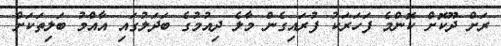
ރަށް ދޫކޮށް ކޮންމެ ފަހަރަކު ފުރައިގެން މާލެ ދިއުމުގެ ބަދަލުގައި އާއްމު ބަލިތަކަށް